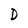
Character: D